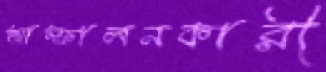
আস্ফালনকারী